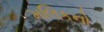
મલિકનો